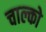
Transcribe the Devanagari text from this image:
चाल्को